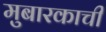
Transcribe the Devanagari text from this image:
मुबारकाची